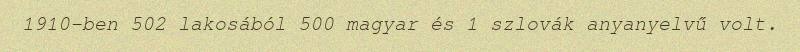
1910-ben 502 lakosából 500 magyar és 1 szlovák anyanyelvű volt.